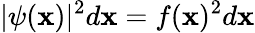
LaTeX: |\psi(\mathbf{x})|^{2}d\mathbf{x}=f(\mathbf{x})^{2}d\mathbf{x}